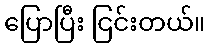
ပြောပြီး ငြင်းတယ်။